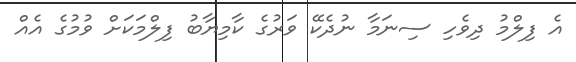
އެ ފިލްމު ދިވެހި ސިނަމާ ނުދެކޭ ވަރުގެ ކާމިޔާބު ފިލްމަކަށް ވުމުގެ އެއް